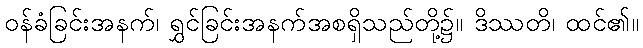
ဝန်ခံခြင်းအနက်၊ ရွှင်ခြင်းအနက်အစရှိသည်တို့၌။ ဒိဿတိ၊ ထင်၏။